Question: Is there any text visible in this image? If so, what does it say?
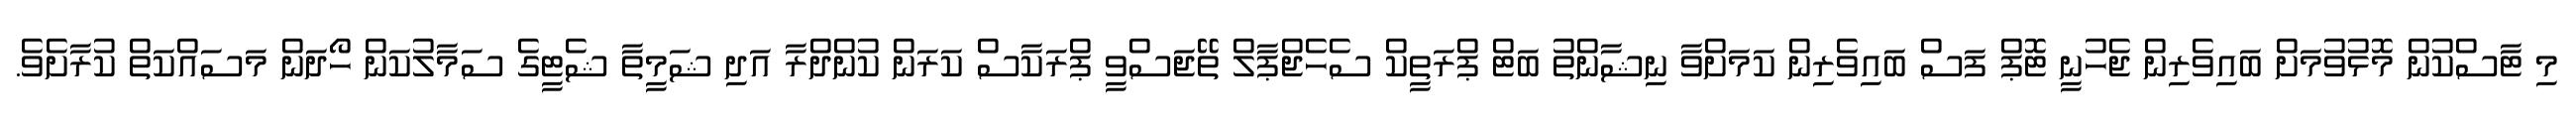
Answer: މި ޓާސްކުން މޮޅުވުމަށް ބައިވެރިން ޖެހުނީ ޓޮޕް ފަސް ބައިވެރިން ކަމަށްވާ ނިޝާންތު ބަޓް ޕްރަތީކް ސެހެޖްޕާލް ތޭޖަސްވީ ޕްރަކާސް ކަރަން ކުންދްރާ އަދި ޝަމީތާ ޝެޓީގެ ސަމާލުކަން ހޯދަން މަސައްކަތް ކުރާށެވެ.